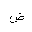
Letter: _dad